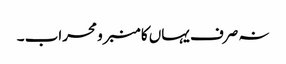
نہ صرف یہاں کا منبر و محراب ۔